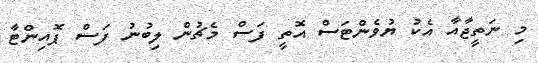
މި ނަތީޖާއާ އެކު ޔުވެންޓަސް އޮތީ ފަސް މެޗުން ލިބުނު ފަސް ޕޮއިންޓާ